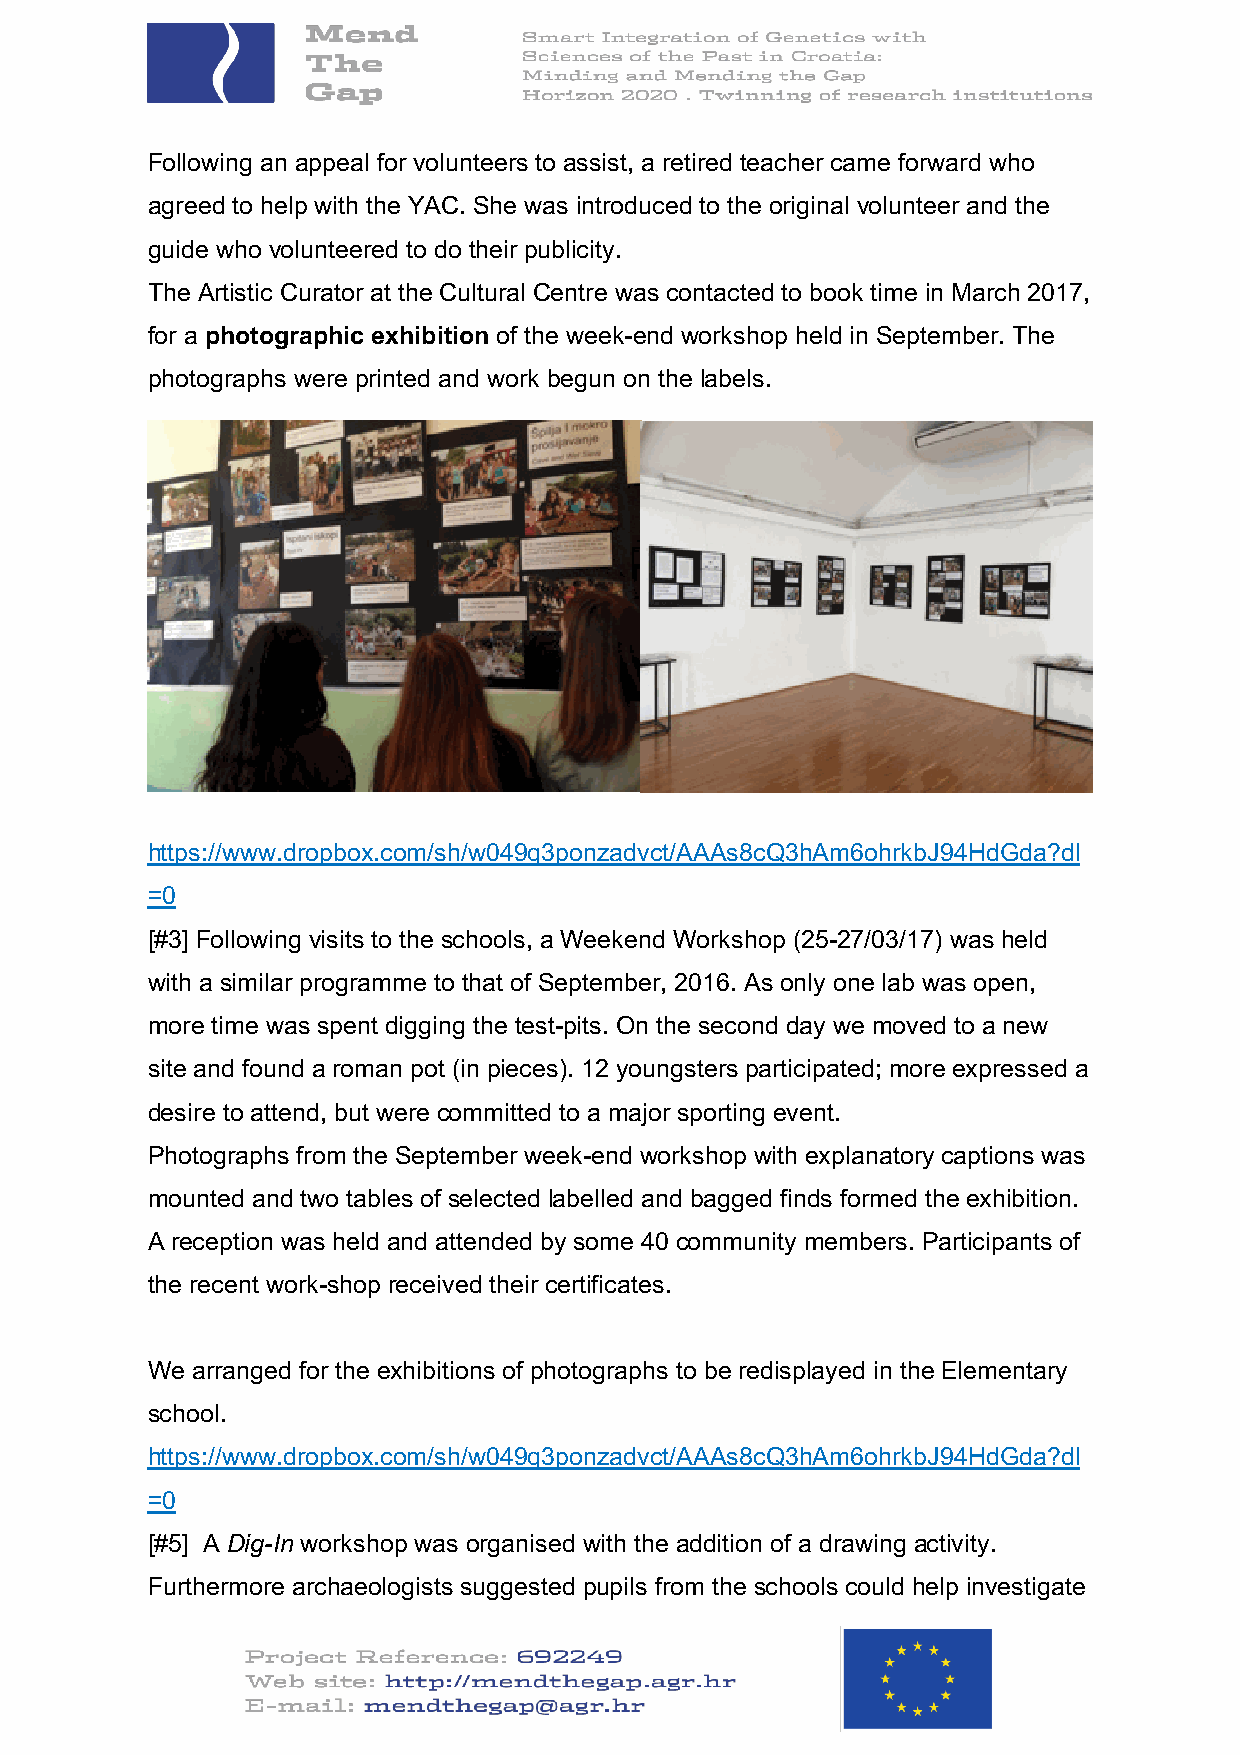
Following an appeal for volunteers to assist, a retired teacher came forward who
 agreed to help with the YAC. She was introduced to the original volunteer and the
 guide who volunteered to do their publicity.
 The Artistic Curator at the Cultural Centre was contacted to book time in March 2017,
 for a photographic exhibition of the week-end workshop held in September. The
 photographs were printed and work begun on the labels.
 https://www.dropbox.com/sh/w049q3ponzadvct/AAAs8cQ3hAm6ohrkbJ94HdGda?dl
 =0
 [#3] Following visits to the schools, a Weekend Workshop (25-27/03/17) was held
 with a similar programme to that of September, 2016. As only one lab was open,
 more time was spent digging the test-pits. On the second day we moved to a new
 site and found a roman pot (in pieces). 12 youngsters participated; more expressed a
 desire to attend, but were committed to a major sporting event.
 Photographs from the September week-end workshop with explanatory captions was
 mounted and two tables of selected labelled and bagged finds formed the exhibition.
 A reception was held and attended by some 40 community members. Participants of
 the recent work-shop received their certificates.
 We arranged for the exhibitions of photographs to be redisplayed in the Elementary
 school.
 https://www.dropbox.com/sh/w049q3ponzadvct/AAAs8cQ3hAm6ohrkbJ94HdGda?dl
 =0
 [#5] A Dig-In workshop was organised with the addition of a drawing activity.
 Furthermore archaeologists suggested pupils from the schools could help investigate